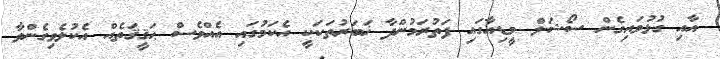
އާއި ގުޅުވައިގެން ސޯޝަލް މީޑިއާގައި ފަތުރަމުންދާ ޚަބަރުތަކަކީ އެކަމުގައި އެއްވެސް ޙަޤީޤަތެއް އެކުލެވިގެންވާ